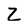
Character: Z